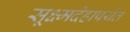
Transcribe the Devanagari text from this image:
सूक्ष्मदेहापर्यंत